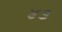
૪૩